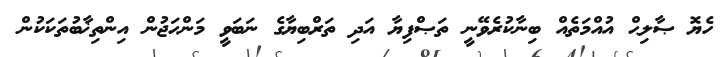
ހެޔޮ ޞާލިޙް އުއްމަތެއް ބިނާކުރެވޭނީ ތަޞްފިޔާ އަދި ތަރްބިޔާގެ ނަބަވީ މަންޙަޖުން އިންތިޚާބުތަކަކުން